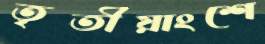
তৃতীয়াংশে